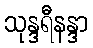
သုန္ဒရီနန္ဒာ